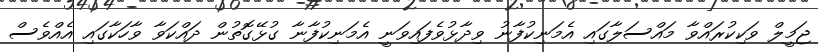
ޖަމީލް ވަކިކުރައްވާ މައްސަލާގައި އެމަނިކުފާނު ވިދާޅުވެފައިވަނީ އެމަނިކުފާނާ ގުޅޭގޮތުން ދައްކަވާ ވާހަކާގައި އެއްވެސް